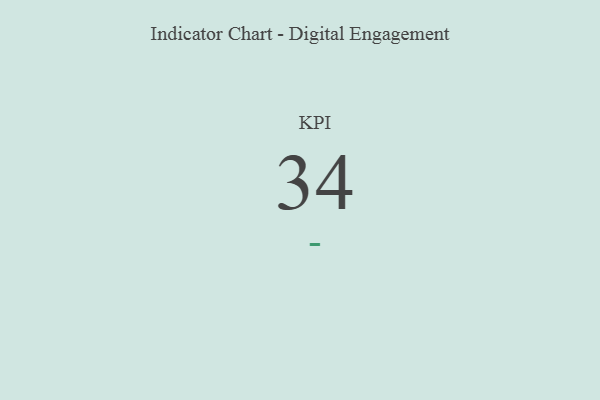
{"axis": {"x": "KPI", "y": "Value"}, "legend": [""], "data": [{"x": "KPI", "y": 34, "type": ""}]}